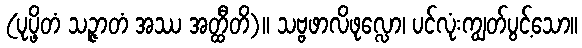
(ပုပ္ဖိတံ သဉ္ဇာတံ အဿ အတ္ထီတိ)။ သဗ္ဗဖာလိဖုလ္လော၊ ပင်လုံးကျွတ်ပွင့်သော။